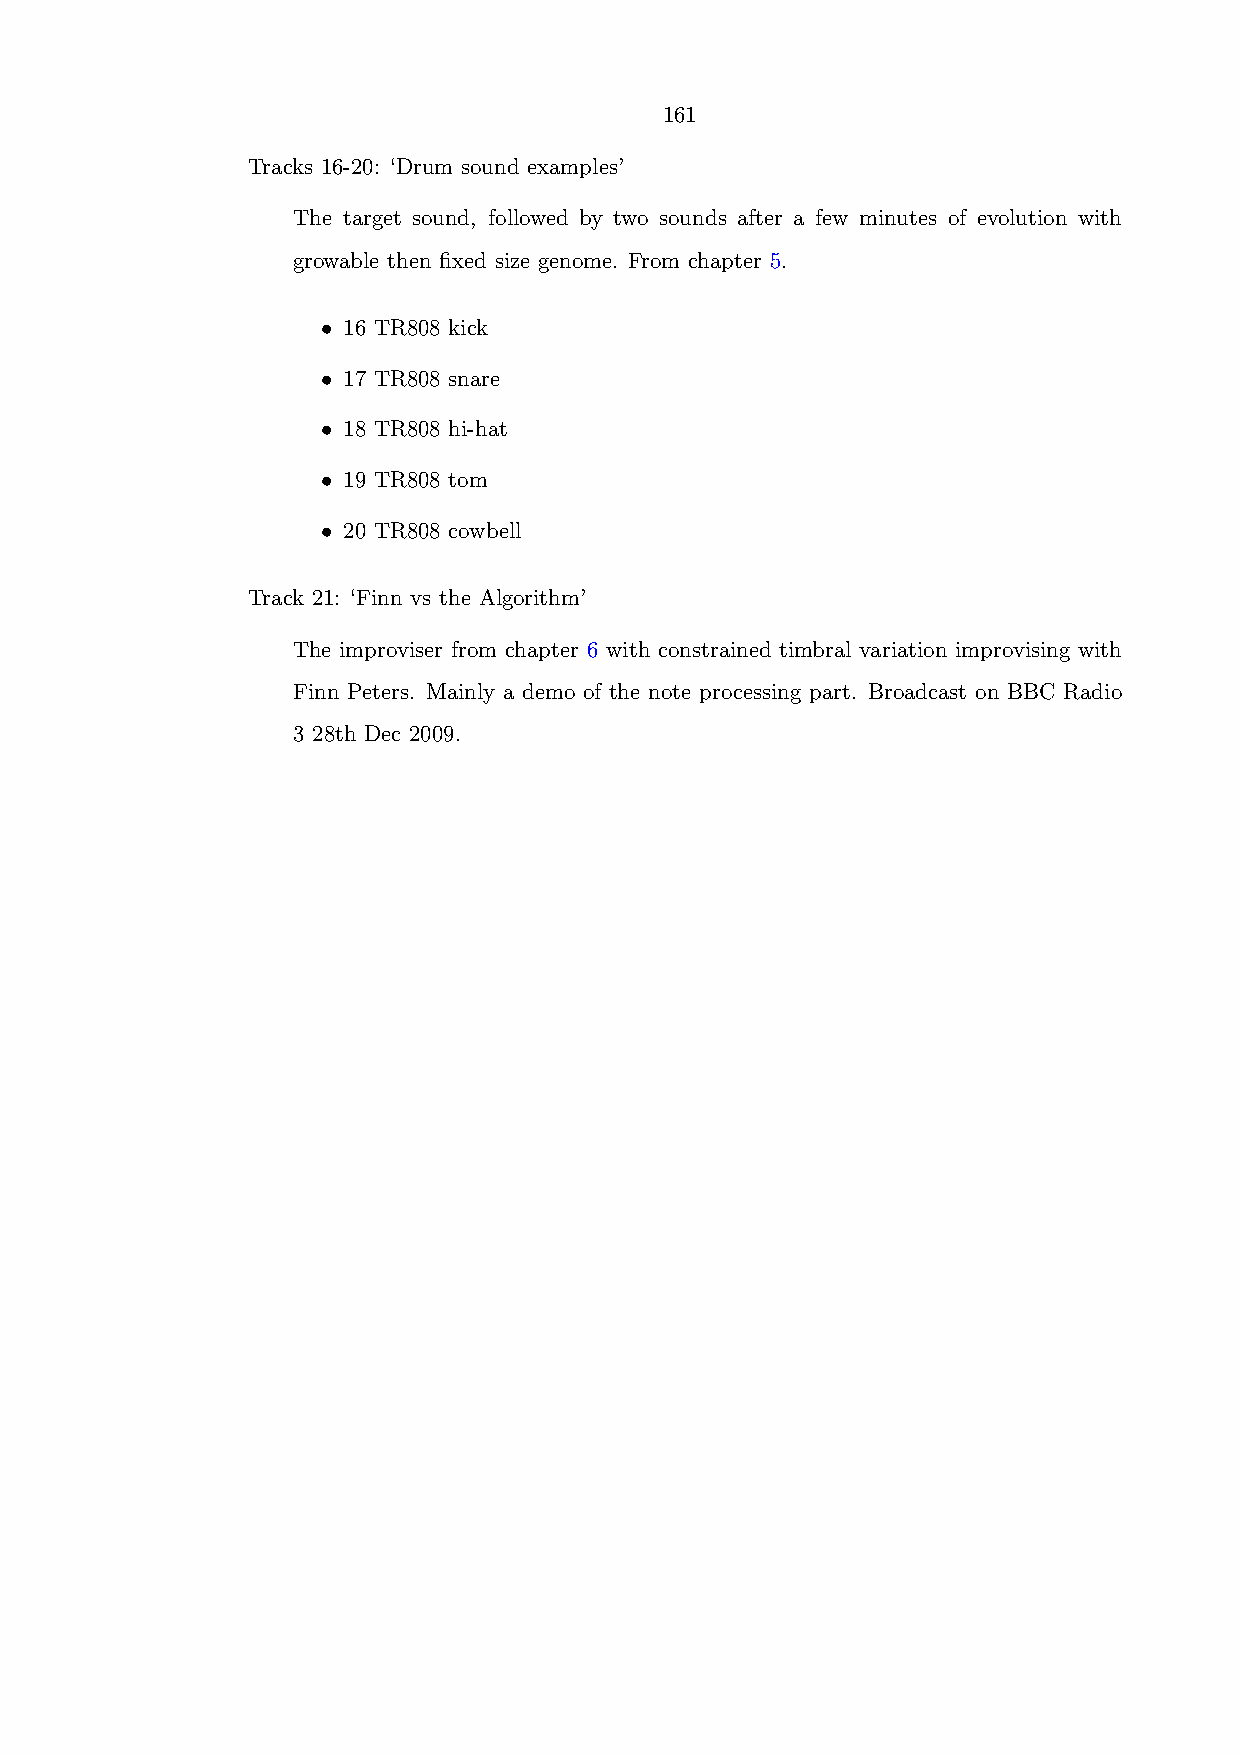
161
 Tracks 16-20: ‘Drum sound examples’
 The target sound, followed by two sounds after a few minutes of evolution with
 growable then fixed size genome. From chapter 5.
 • 16 TR808 kick
 • 17 TR808 snare
 • 18 TR808 hi-hat
 • 19 TR808 tom
 • 20 TR808 cowbell
 Track 21: ‘Finn vs the Algorithm’
 The improviser from chapter 6 with constrained timbral variation improvising with
 Finn Peters. Mainly a demo of the note processing part. Broadcast on BBC Radio
 3 28th Dec 2009.